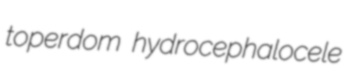
toperdom hydrocephalocele